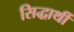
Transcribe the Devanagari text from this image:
सिद्धार्थी